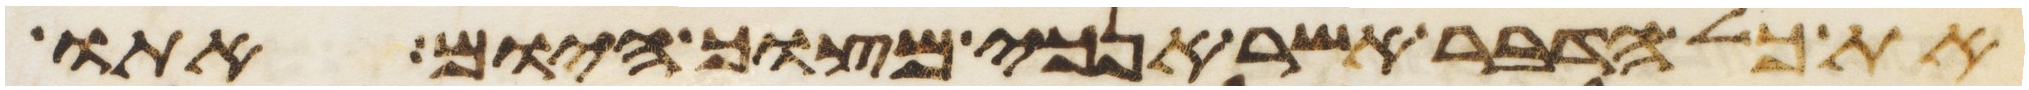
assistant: את כל הדבר אשר אנכי מצוך היום אתו